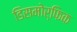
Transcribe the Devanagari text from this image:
डिसमोर्फिक